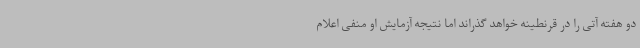
دو هفته آتی را در قرنطینه خواهد گذراند اما نتیجه آزمایش او منفی اعلام